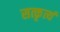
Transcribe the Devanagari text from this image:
सत्कृत्यं